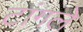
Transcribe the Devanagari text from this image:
टांगले